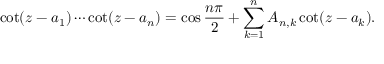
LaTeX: \cot ( z - a _ { 1 } ) \cdots \cot ( z - a _ { n } ) = \cos { \frac { n \pi } { 2 } } + \sum _ { k = 1 } ^ { n } A _ { n , k } \cot ( z - a _ { k } ) .